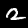
Label: 2